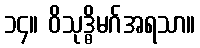
၁၄။ ဝိသုဒ္ဓိမဂ်အရသာ။